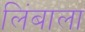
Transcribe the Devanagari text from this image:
लिंबाला